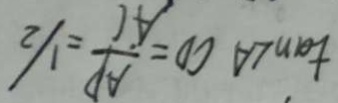
\tan \angle A C D = \frac { A P } { A C } = 1 / 2